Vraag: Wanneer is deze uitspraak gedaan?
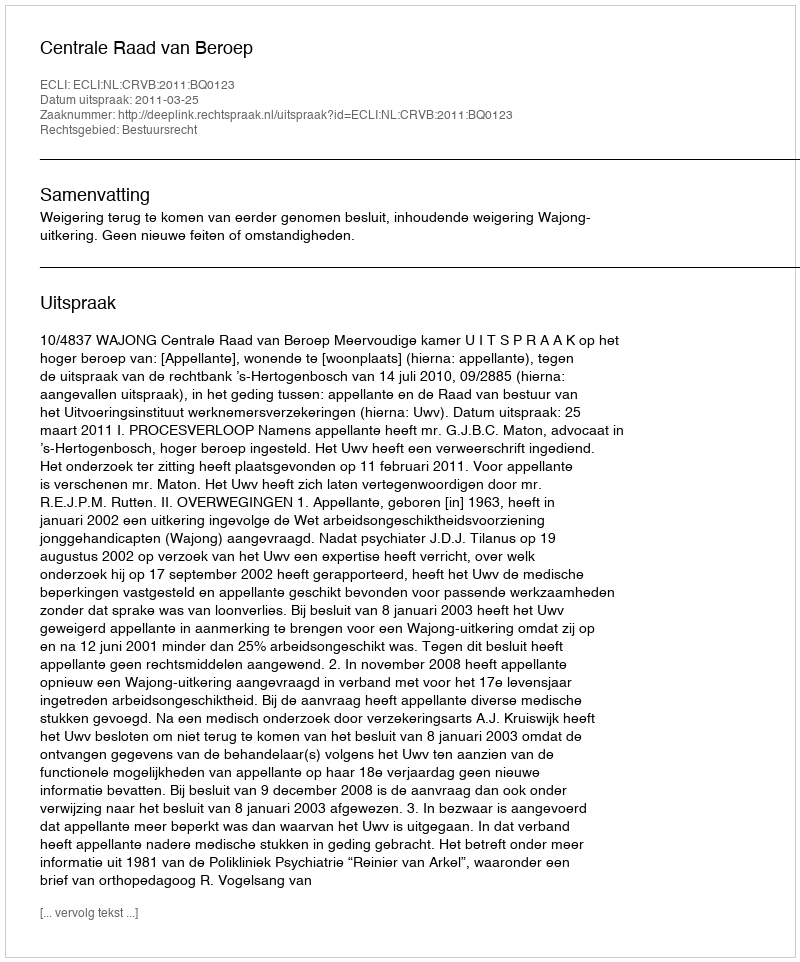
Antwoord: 2011-03-25